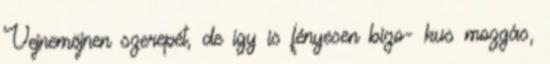
Vejnemöjnen szerepét, de így is fényesen bizo- kus mozgás,